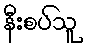
နီးစပ်သူ